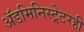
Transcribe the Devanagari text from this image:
अॅडमिनिस्ट्रेटरही